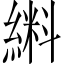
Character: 𫃼